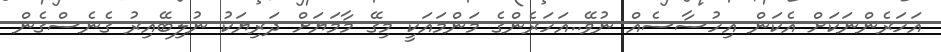
އަހަރެންނަކަށް އެކަން އިހުސާސެއް ނުވޭ..އަހަރެންގެ މަންމައަކީ މިގޭ މާމަޔަށް ދަރިޔަކު ނުލިބޭއިރު ގެނެސްގެން